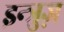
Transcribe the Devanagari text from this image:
इन्त्रुज़